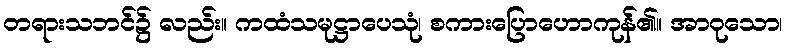
တရားသဘင်၌ လည်း။ ကထံသမုဋ္ဌာပေသုံ၊ စကားပြောဟောကုန်၏။ အာဝုသော၊